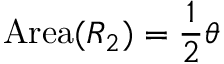
\mathrm { A r e a } ( R _ { 2 } ) = { \frac { 1 } { 2 } } \theta